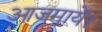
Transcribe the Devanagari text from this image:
आजमायें।